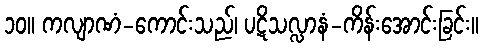
၁၀။ ကလျာဏံ-ကောင်းသည်၊ ပဋိသလ္လာနံ-ကိန်းအောင်းခြင်း။